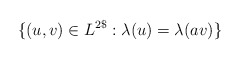
\begin{align*} \{(u, v) \in L^{2\$} : \lambda (u) = \lambda (av)\}\end{align*}